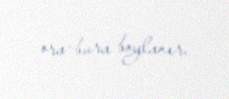
ora-bura boylanır.